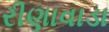
રીણાવાડા